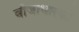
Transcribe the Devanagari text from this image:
वीजाधारकों